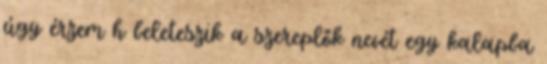
úgy érzem h beleteszik a szereplők nevét egy kalapba